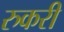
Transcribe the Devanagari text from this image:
रुकरी